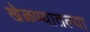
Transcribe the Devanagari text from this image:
खेळण्यातल्या